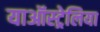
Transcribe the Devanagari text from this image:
याऑस्ट्रेलिया